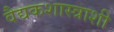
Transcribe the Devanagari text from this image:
वैद्यकशास्त्राशी